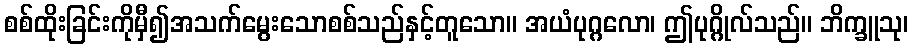
စစ်ထိုးခြင်းကိုမှီ၍အသက်မွေးသောစစ်သည်နှင့်တူသော။ အယံပုဂ္ဂလော၊ ဤပုဂ္ဂိုလ်သည်။ ဘိက္ခူသု၊